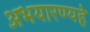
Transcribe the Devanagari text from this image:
अभयारण्यहे